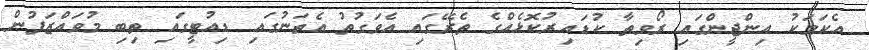
އެކަމަކު އިންޖީންގައި ރޯވިތާ ކުޑައިރުކޮޅެއްގެ ތެރޭގައި އެވަގުތު އެތަނުގައި ޑިއުޓީގައި ތިބި މުވައްޒަފުން